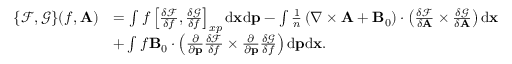
\begin{array} { r l } { \{ \mathcal { F } , \mathcal { G } \} ( f , { \mathbf A } ) } & { = \int f \left[ \frac { \delta \mathcal { F } } { \delta f } , \frac { \delta \mathcal { G } } { \delta f } \right] _ { x p } \mathrm { d } { \mathbf x } \mathrm { d } { \mathbf p } - \int \frac { 1 } { n } \left( \nabla \times \mathbf { A } + { \mathbf B } _ { 0 } \right) \cdot \left( \frac { \delta \mathcal { F } } { \delta { \mathbf A } } \times \frac { \delta \mathcal { G } } { \delta { \mathbf A } } \right) \mathrm { d } { \mathbf x } } \\ & { + \int f { \mathbf B } _ { 0 } \cdot \left( \frac { \partial } { \partial { \mathbf p } } \frac { \delta { \mathcal { F } } } { \delta f } \times \frac { \partial } { \partial { \mathbf p } } \frac { \delta { \mathcal { G } } } { \delta f } \right) \mathrm { d } { \mathbf p } \mathrm { d } { \mathbf x } . } \end{array}